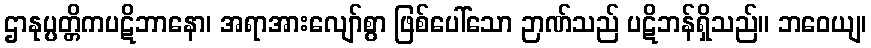
ဌာနုပ္ပတ္တိကပဋိဘာနော၊ အရာအားလျော်စွာ ဖြစ်ပေါ်သော ဉာဏ်သည် ပဋိဘန်ရှိသည်။ ဘဝေယျ၊